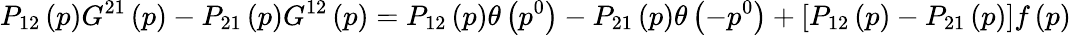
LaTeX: P_{12}\left(p\right)G^{21}\left(p\right)-P_{21}\left(p\right)G^{12}\left(p\right)=P_{12}\left(p\right)\theta\left(p^{0}\right)-P_{21}\left(p\right)\theta\left(-p^{0}\right)+\left[P_{12}\left(p\right)-P_{21}\left(p\right)\right]f\left(p\right)